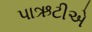
પાઋટીએ